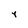
Character: Y